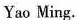
Yao Ming.